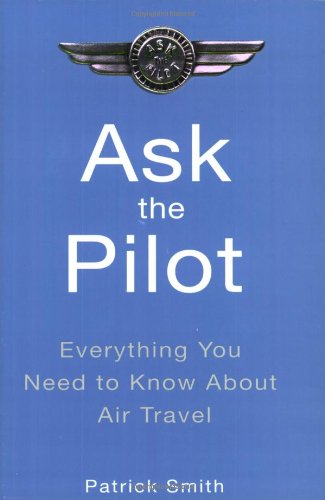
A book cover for Ask the Pilot: Everything You Need to Know About Air Travel; Patrick Smith; Travel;